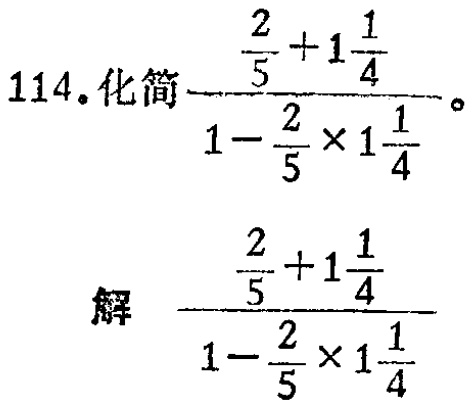
\[

114.\text{化简}\frac{\frac{2}{5} + 1\frac{1}{4}}{1 - \frac{2}{5}×1\frac{1}{4}}。

\]

\[

\text{解}\quad\frac{\frac{2}{5} + 1\frac{1}{4}}{1 - \frac{2}{5}×1\frac{1}{4}}

\]